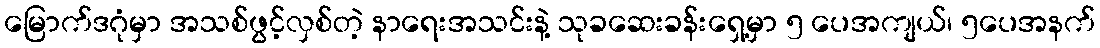
မြောက်ဒဂုံမှာ အသစ်ဖွင့်လှစ်တဲ့ နာရေးအသင်းနဲ့ သုခဆေးခန်းရှေ့မှာ ၅ ပေအကျယ်၊ ၅ပေအနက်